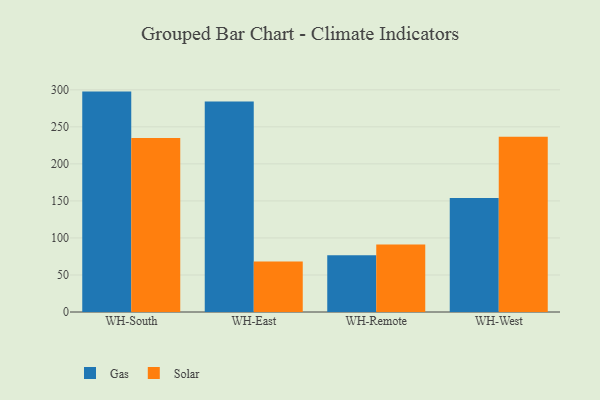
{"axis": {"x": "Warehouse", "y": "Bounce Rate (%)"}, "legend": ["Gas", "Solar"], "data": [{"x": "WH-South", "y": 297.6, "type": "Gas"}, {"x": "WH-South", "y": 235.0, "type": "Solar"}, {"x": "WH-East", "y": 284.3, "type": "Gas"}, {"x": "WH-East", "y": 68.3, "type": "Solar"}, {"x": "WH-Remote", "y": 76.5, "type": "Gas"}, {"x": "WH-Remote", "y": 91.0, "type": "Solar"}, {"x": "WH-West", "y": 154.0, "type": "Gas"}, {"x": "WH-West", "y": 236.8, "type": "Solar"}]}